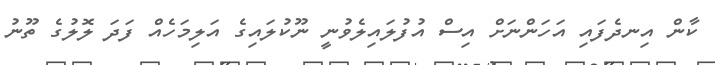
ކާން އިނދެފައި އަހަންނަށް އިސް އުފުލައިލެވުނީ ނޫކުލައިގެ އަލިމަހެއް ފަދަ ލޮލުގެ ތޫނު